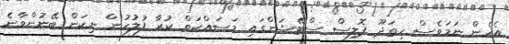
އެހެން ނަމަވެސް ހިތަދޫ ޕޮލިސް ސްޓޭޝަންގައި މަސައްކަތް ކުރާ ފުލުހުން ނިކަން ބޭނުންވާނެ